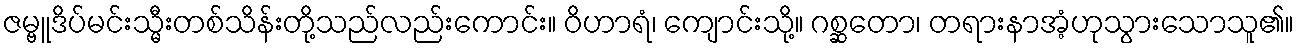
ဇမ္ဗူဒိပ်မင်းသ္မီးတစ်သိန်းတို့သည်လည်းကောင်း။ ဝိဟာရံ၊ ကျောင်းသို့။ ဂစ္ဆတော၊ တရားနာအံ့ဟုသွားသောသူ၏။